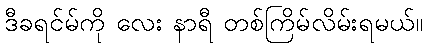
ဒီခရင်မ်ကို လေး နာရီ တစ်ကြိမ်လိမ်းရမယ်။